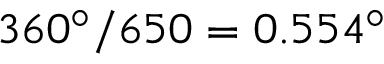
3 6 0 ^ { \circ } / 6 5 0 = 0 . 5 5 4 ^ { \circ }